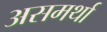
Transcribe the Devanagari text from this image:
असमर्था